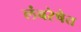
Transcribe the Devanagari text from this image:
लंबरेषेत